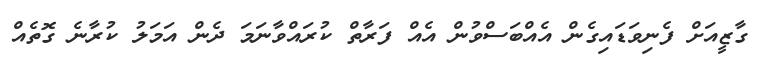
ގާޒީއަށް ފެނިވަޑައިގެން އެއްބަސްވުން އެއް ފަރާތް ކުރައްވާނަމަ ދެން އަމަލު ކުރާނެ ގޮތެއް